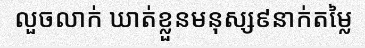
លួចលាក់ ឃាត់ខ្លួនមនុស្ស៩នាក់តម្លៃ